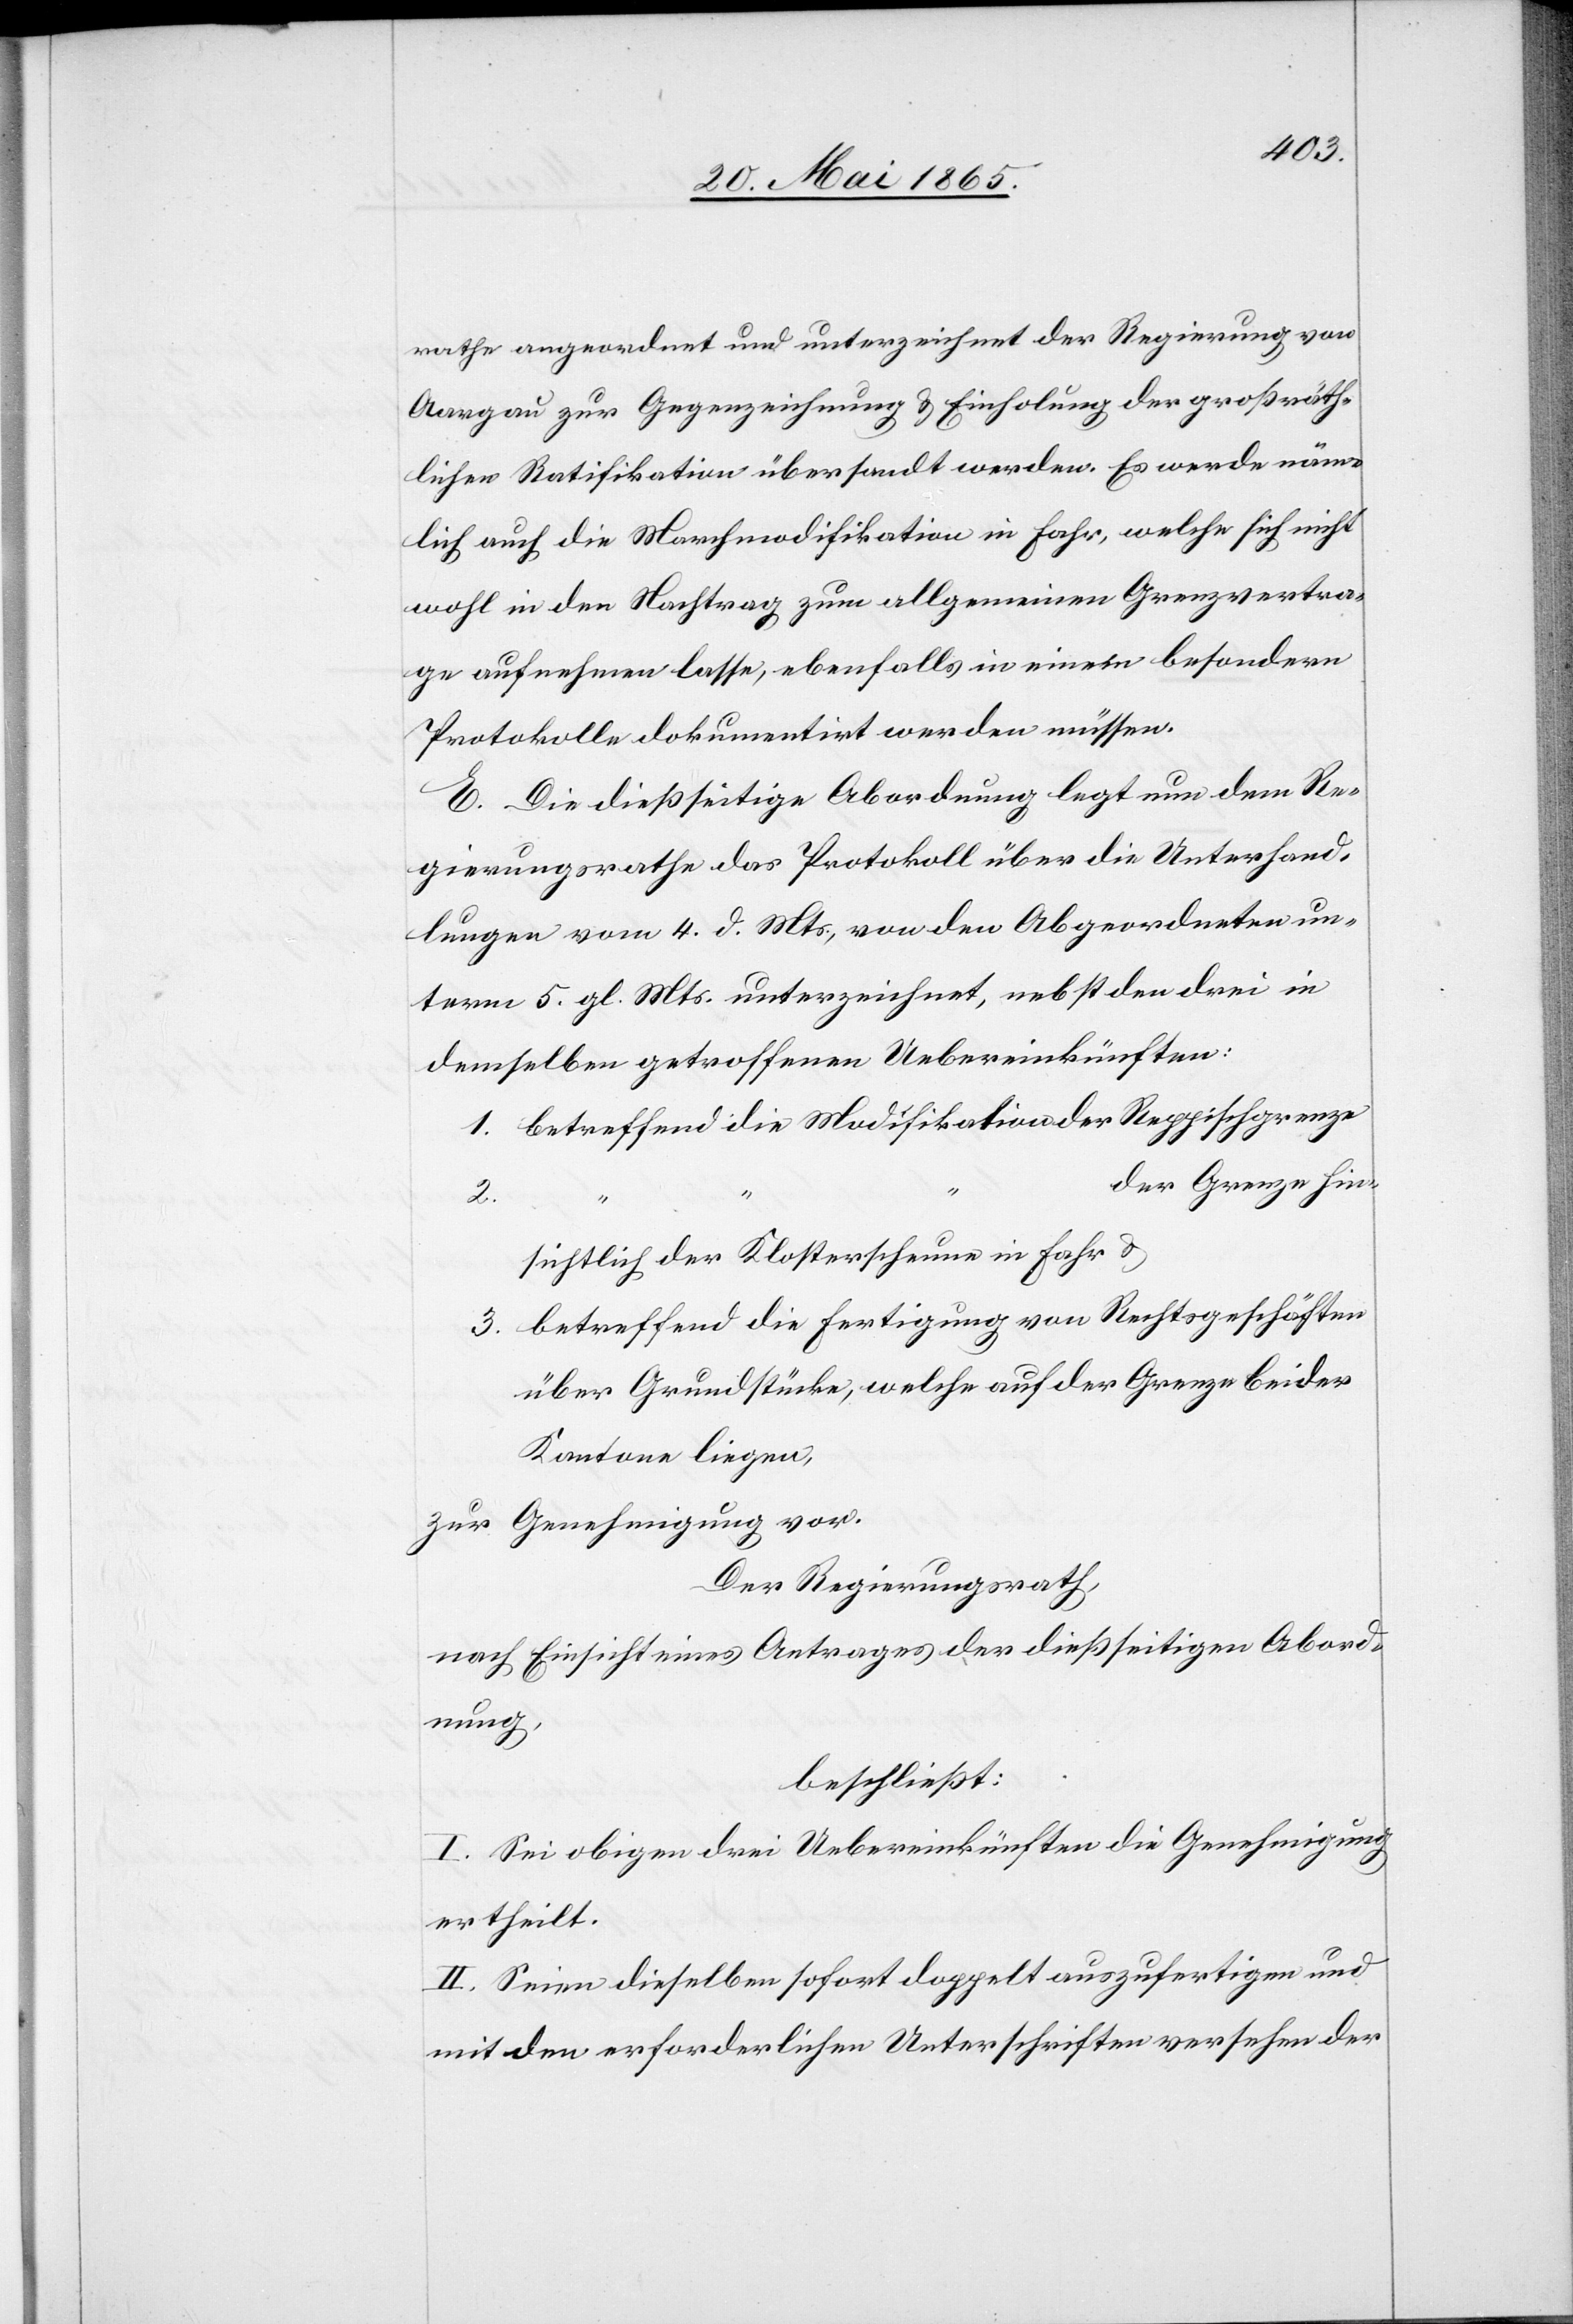
rathe angeordnet und unterzeichnet der Regierung von
Aargau zur Gegenzeichnung & Einholung der großräth¬
lichen Ratifikation übersandt werden. Es werde näm¬
lich auch die Marchmodifikation in Fahr, welche sich nicht
wohl in den Nachtrag zum allgemeinen Grenzvertra¬
ge aufnehmen lasse, ebenfalls in einem besondern
Protokolle dokumentirt werden müssen.
E. Die dießseitige Abordnung legt nun dem Re¬
gierungsrathe das Protokoll über die Unterhand¬
lungen vom 4. d. Mts., von den Abgeordneten un¬
term 5. gl. Mts. unterzeichnet, nebst den drei in
demselben getroffenen Uebereinkünften:
1. betreffend die Modifikation der Reppischgrenze
der Grenze hin¬
2.
sichtlich der Klosterscheune in Fahr &
3. betreffend die Fertigung von Rechtsgeschäften
über Grundstücke, welche auf der Grenze beider
Kantone liegen,
zur Genehmigung vor.
Der Regierungsrath,
nach Einsicht eines Antrages der dießseitigen Abord¬
nung,
beschließt:
I. Sei obigen drei Uebereinkünften die Genehmigung
ertheilt.
II. Seien dieselben sofort doppelt auszufertigen und
mit den erforderlichen Unterschriften versehen der